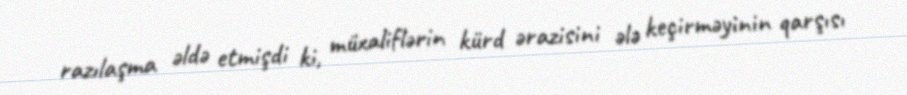
razılaşma əldə etmişdi ki, müxaliflərin kürd ərazisini ələ keçirməyinin qarşısı